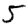
Digit: 5